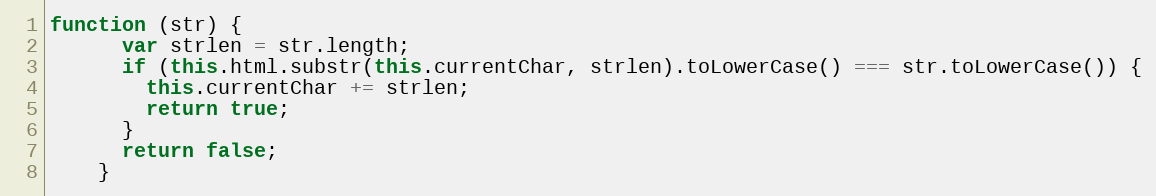
Language: JavaScript
function (str) {
      var strlen = str.length;
      if (this.html.substr(this.currentChar, strlen).toLowerCase() === str.toLowerCase()) {
        this.currentChar += strlen;
        return true;
      }
      return false;
    }